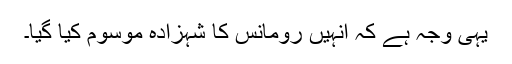
یہی وجہ ہے کہ انہیں رومانس کا شہزادہ موسوم کیا گیا۔